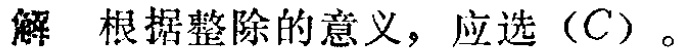
解 根据整除的意义，应选（C）。